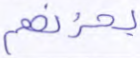
يحزنهم